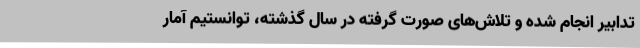
تدابیر انجام‌ شده و تلاش‌های صورت گرفته در سال گذشته، توانستیم آمار